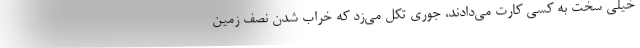
خیلی سخت به کسی کارت می‌دادند، جوری تکل می‌زد که خراب شدن نصف زمین